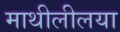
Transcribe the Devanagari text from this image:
माथीलीलया